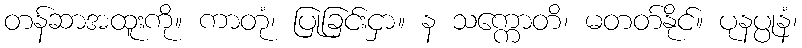
တန်ဆာအထူးကို။ ကာတုံ၊ ပြုခြင်းငှာ။ န သက္ကောတိ၊ မတတ်နိုင်။ ပုနပ္ပုနံ၊